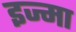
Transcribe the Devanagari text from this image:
इज्मा